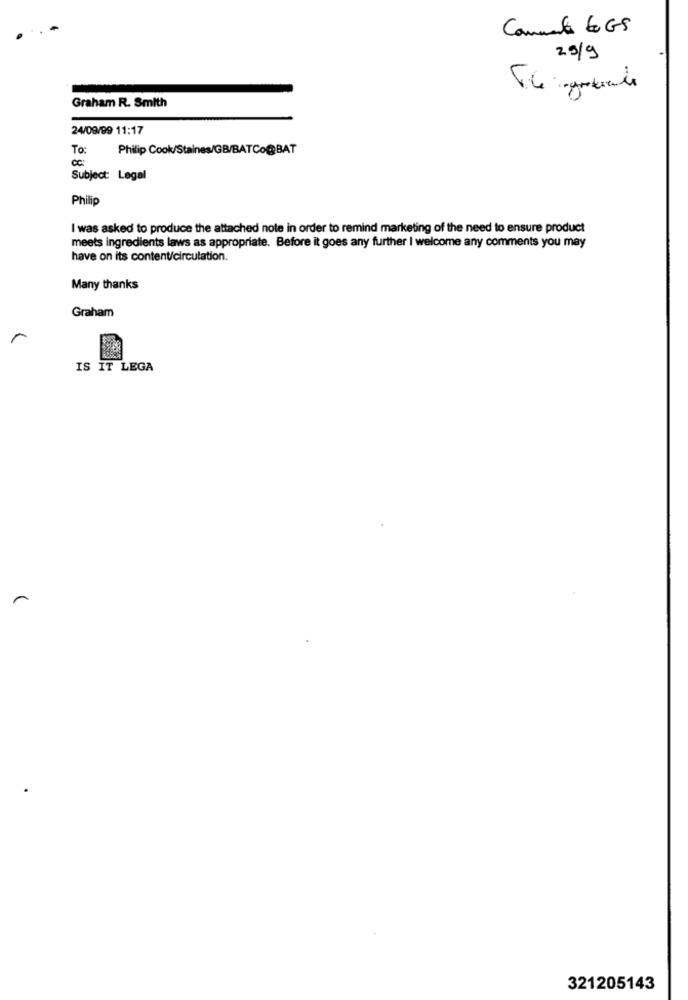
Comment GGS
25/9
Graham R. Smith
24/09/99 11:17
To:
Philip Cook/Staines/GB/BATCo@BAT
Subject: Legal
Philip
I was asked to produce the attached note in order to remind marketing of the need to ensure product
meets ingredients laws as appropriate. Before it goes any further I welcome any comments you may
have on its content/circulation.
Many thanks
Graham
IS IT LEGA
-
321205143